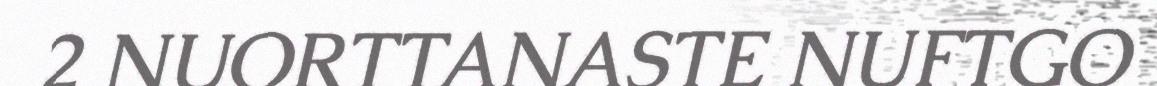
2 NUORTTANASTE NUFTGO